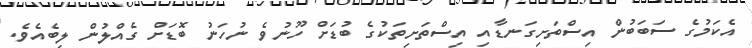
އެކަމުގެ ސަބަބުން އިސްތަށިގަނޑާއި އިސްތަށިތަކުގެ ބުޑަށް ހޫނުވެ ނުހަނު ބޮޑަށް ގެއްލުން ލިބެއެވެ.